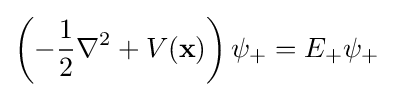
\left(-{\frac {1}{2}}\nabla ^{2}+V({\textbf {x}})\right)\psi _{+}=E_{+}\psi _{+}